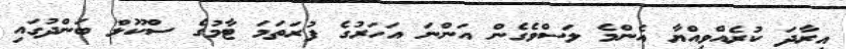
އިރާދަ ކުރެއްވިއްޔާ އެންމެ ލަސްވެގެން އަންނަ އަހަރުގެ ފުރަތަމަ ޓާމުގެ ސްކޫލް ބަންދުގައި